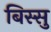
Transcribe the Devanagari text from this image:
बिस्सु